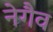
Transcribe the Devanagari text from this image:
नेगैव